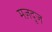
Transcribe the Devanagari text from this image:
मज़दूज